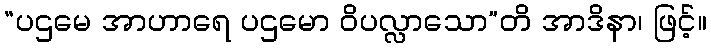
“ပဌမေ အာဟာရေ ပဌမော ဝိပလ္လာသော”တိ အာဒိနာ၊ ဖြင့်။